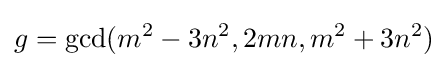
g={\text{gcd}}(m^{2}-3n^{2},2mn,m^{2}+3n^{2})